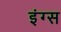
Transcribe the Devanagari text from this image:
इंग्स